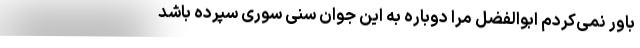
باور نمی‌کردم ابوالفضل مرا دوباره به این جوان سُنی سوری سپرده باشد